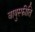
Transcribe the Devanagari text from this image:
वायुस्फीति